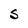
Character: S